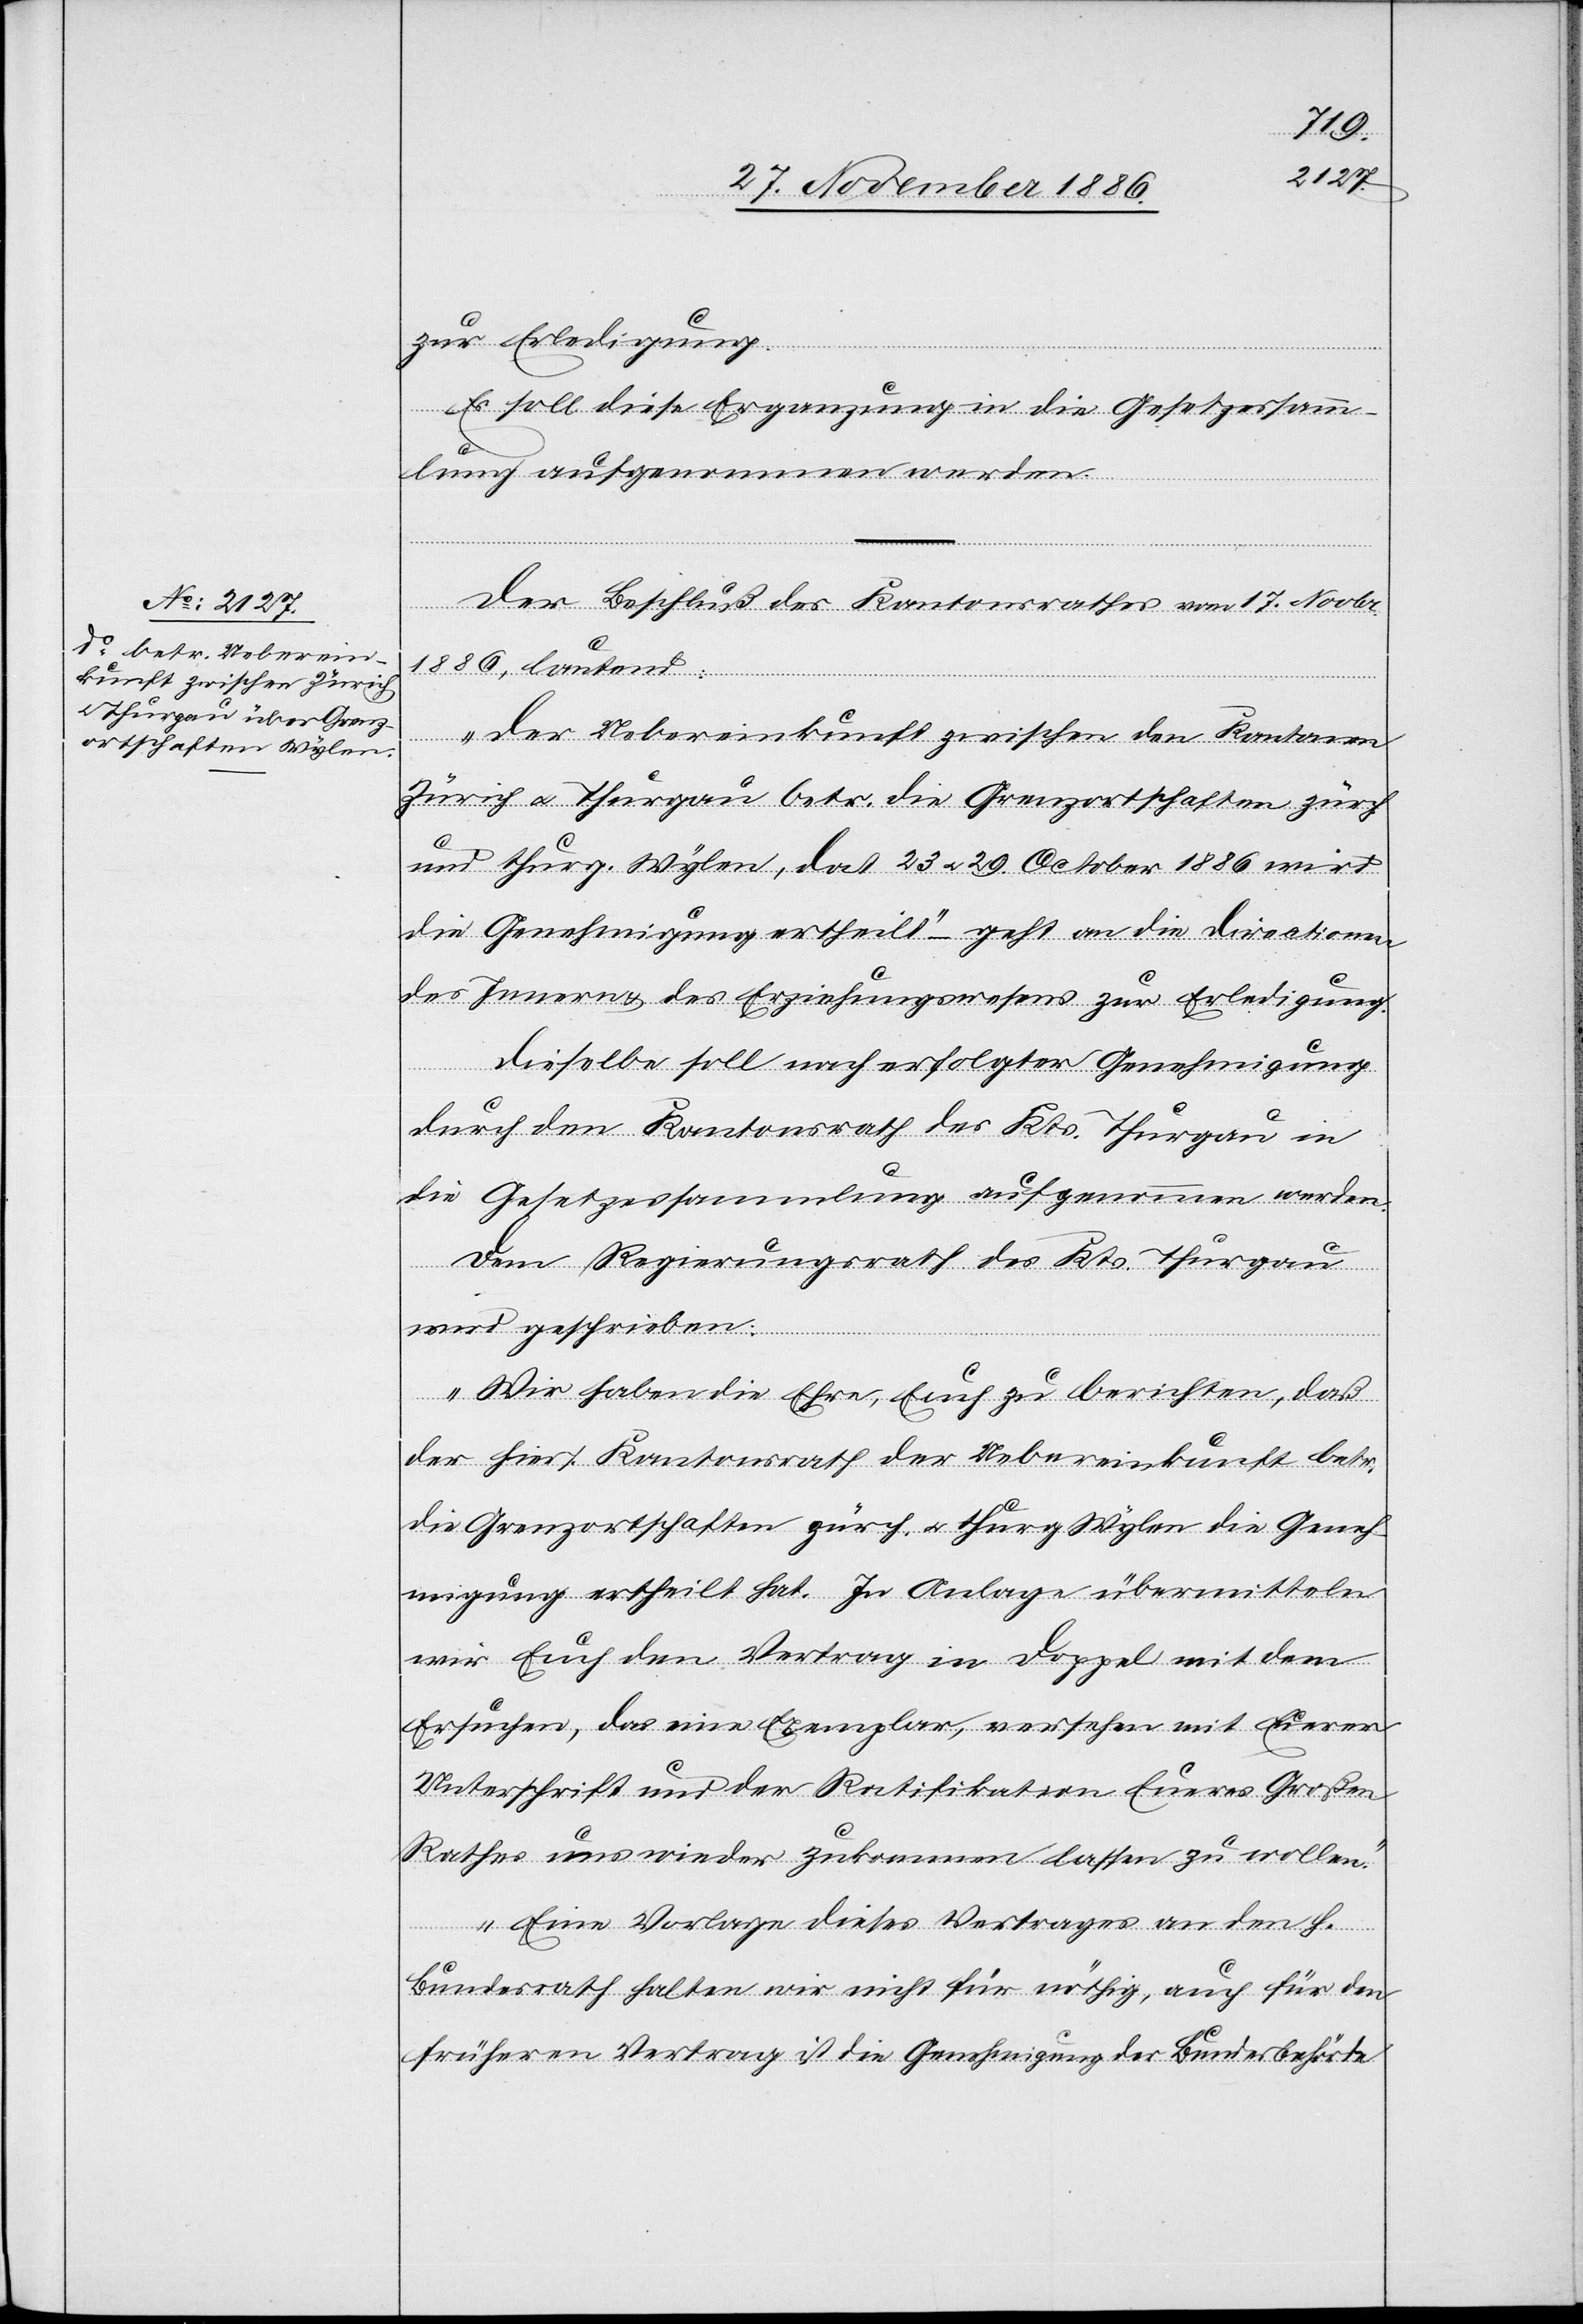
zur Erledigung.
Es soll diese Erganzung [sic!] in die Gesetzessamm¬
lung aufgenommen werden.
Der Beschluß des Kantonsrathes vom 17. Novbr.
1886, lautend:
„Der Uebereinkunft zwischen den Kantonen
Zürich & Thurgau betr. die Grenzortschaften zürc¬
h.
und thurg. Wylen, dat. 23. & 29. October 1886 wird
die Genehmigung ertheilt“ – geht an die Directionen
des Innern & des Erziehungswesens zur Erledigung.
Dieselbe soll nach erfolgter Genehmigung
durch den Kantonsrath des Kts. Thurgau in
die Gesetzessammlung aufgenommen werden.
Dem Regierungsrath des Kts. Thurgau
wird geschrieben:
„Wir haben die Ehre, euch zu berichten, daß
der hiers. Kantonsrath der Uebereinkunft betr.
die Grenzortschaften zürch. & thurg. Wylen die Geneh¬
migung ertheilt hat. In Anlage übermitteln
wir Euch den Vertrag in Doppel mit dem
Ersuchen, das eine Exemplar, versehen mit Euerer
Unterschrift und der Ratifikation Eueres Großen
Rathes uns wieder zukommen lassen zu wollen.“
Eine Vorlage dieses Vertrages an den h.
Bundesrath halten wir nicht für nöthig, auch für den
früheren Vertrag ist die Genehmigung der Bundesbehörde